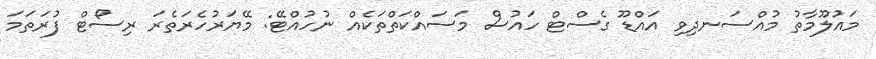
މައުލޫމާތު މުއްސަނދިވި އައްޑޫ ގެސްޓް ހައުސް މަސައްކަތްތަކެއް ނުހުއްޓޭ: މޭޔަރުހެރަތެރަ ރިސޯޓް ފުރަތަމަ